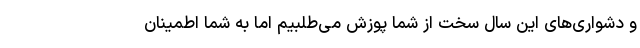
و دشواری‌های این سال سخت از شما پوزش می‌طلبیم اما به شما اطمینان